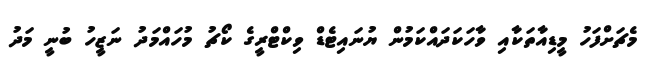
މެޗަށްފަހު މީޑިއާތަކާއި ވާހަކަދައްކަމުން ޔުނައިޓެޑް ވިކްޓްރީގެ ކޯޗު މުހައްމަދު ނަޒީހު ބުނީ މަދު